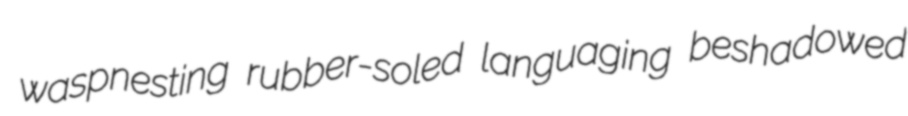
waspnesting rubber-soled languaging beshadowed